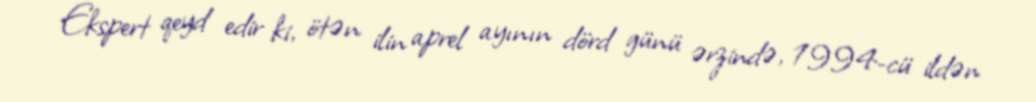
Ekspert qeyd edir ki, ötən ilin aprel ayının dörd günü ərzində, 1994-cü ildən